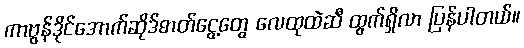
ကာဗွန်ဒိုင်အောက်ဆိုဒ်ဓာတ်ငွေ့တွေ လေထုထဲဆီ ထွက်ရှိလာ ပြန်ပါတယ်။